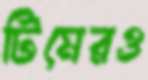
টিমেরও